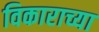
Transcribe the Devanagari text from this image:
विकाराच्या